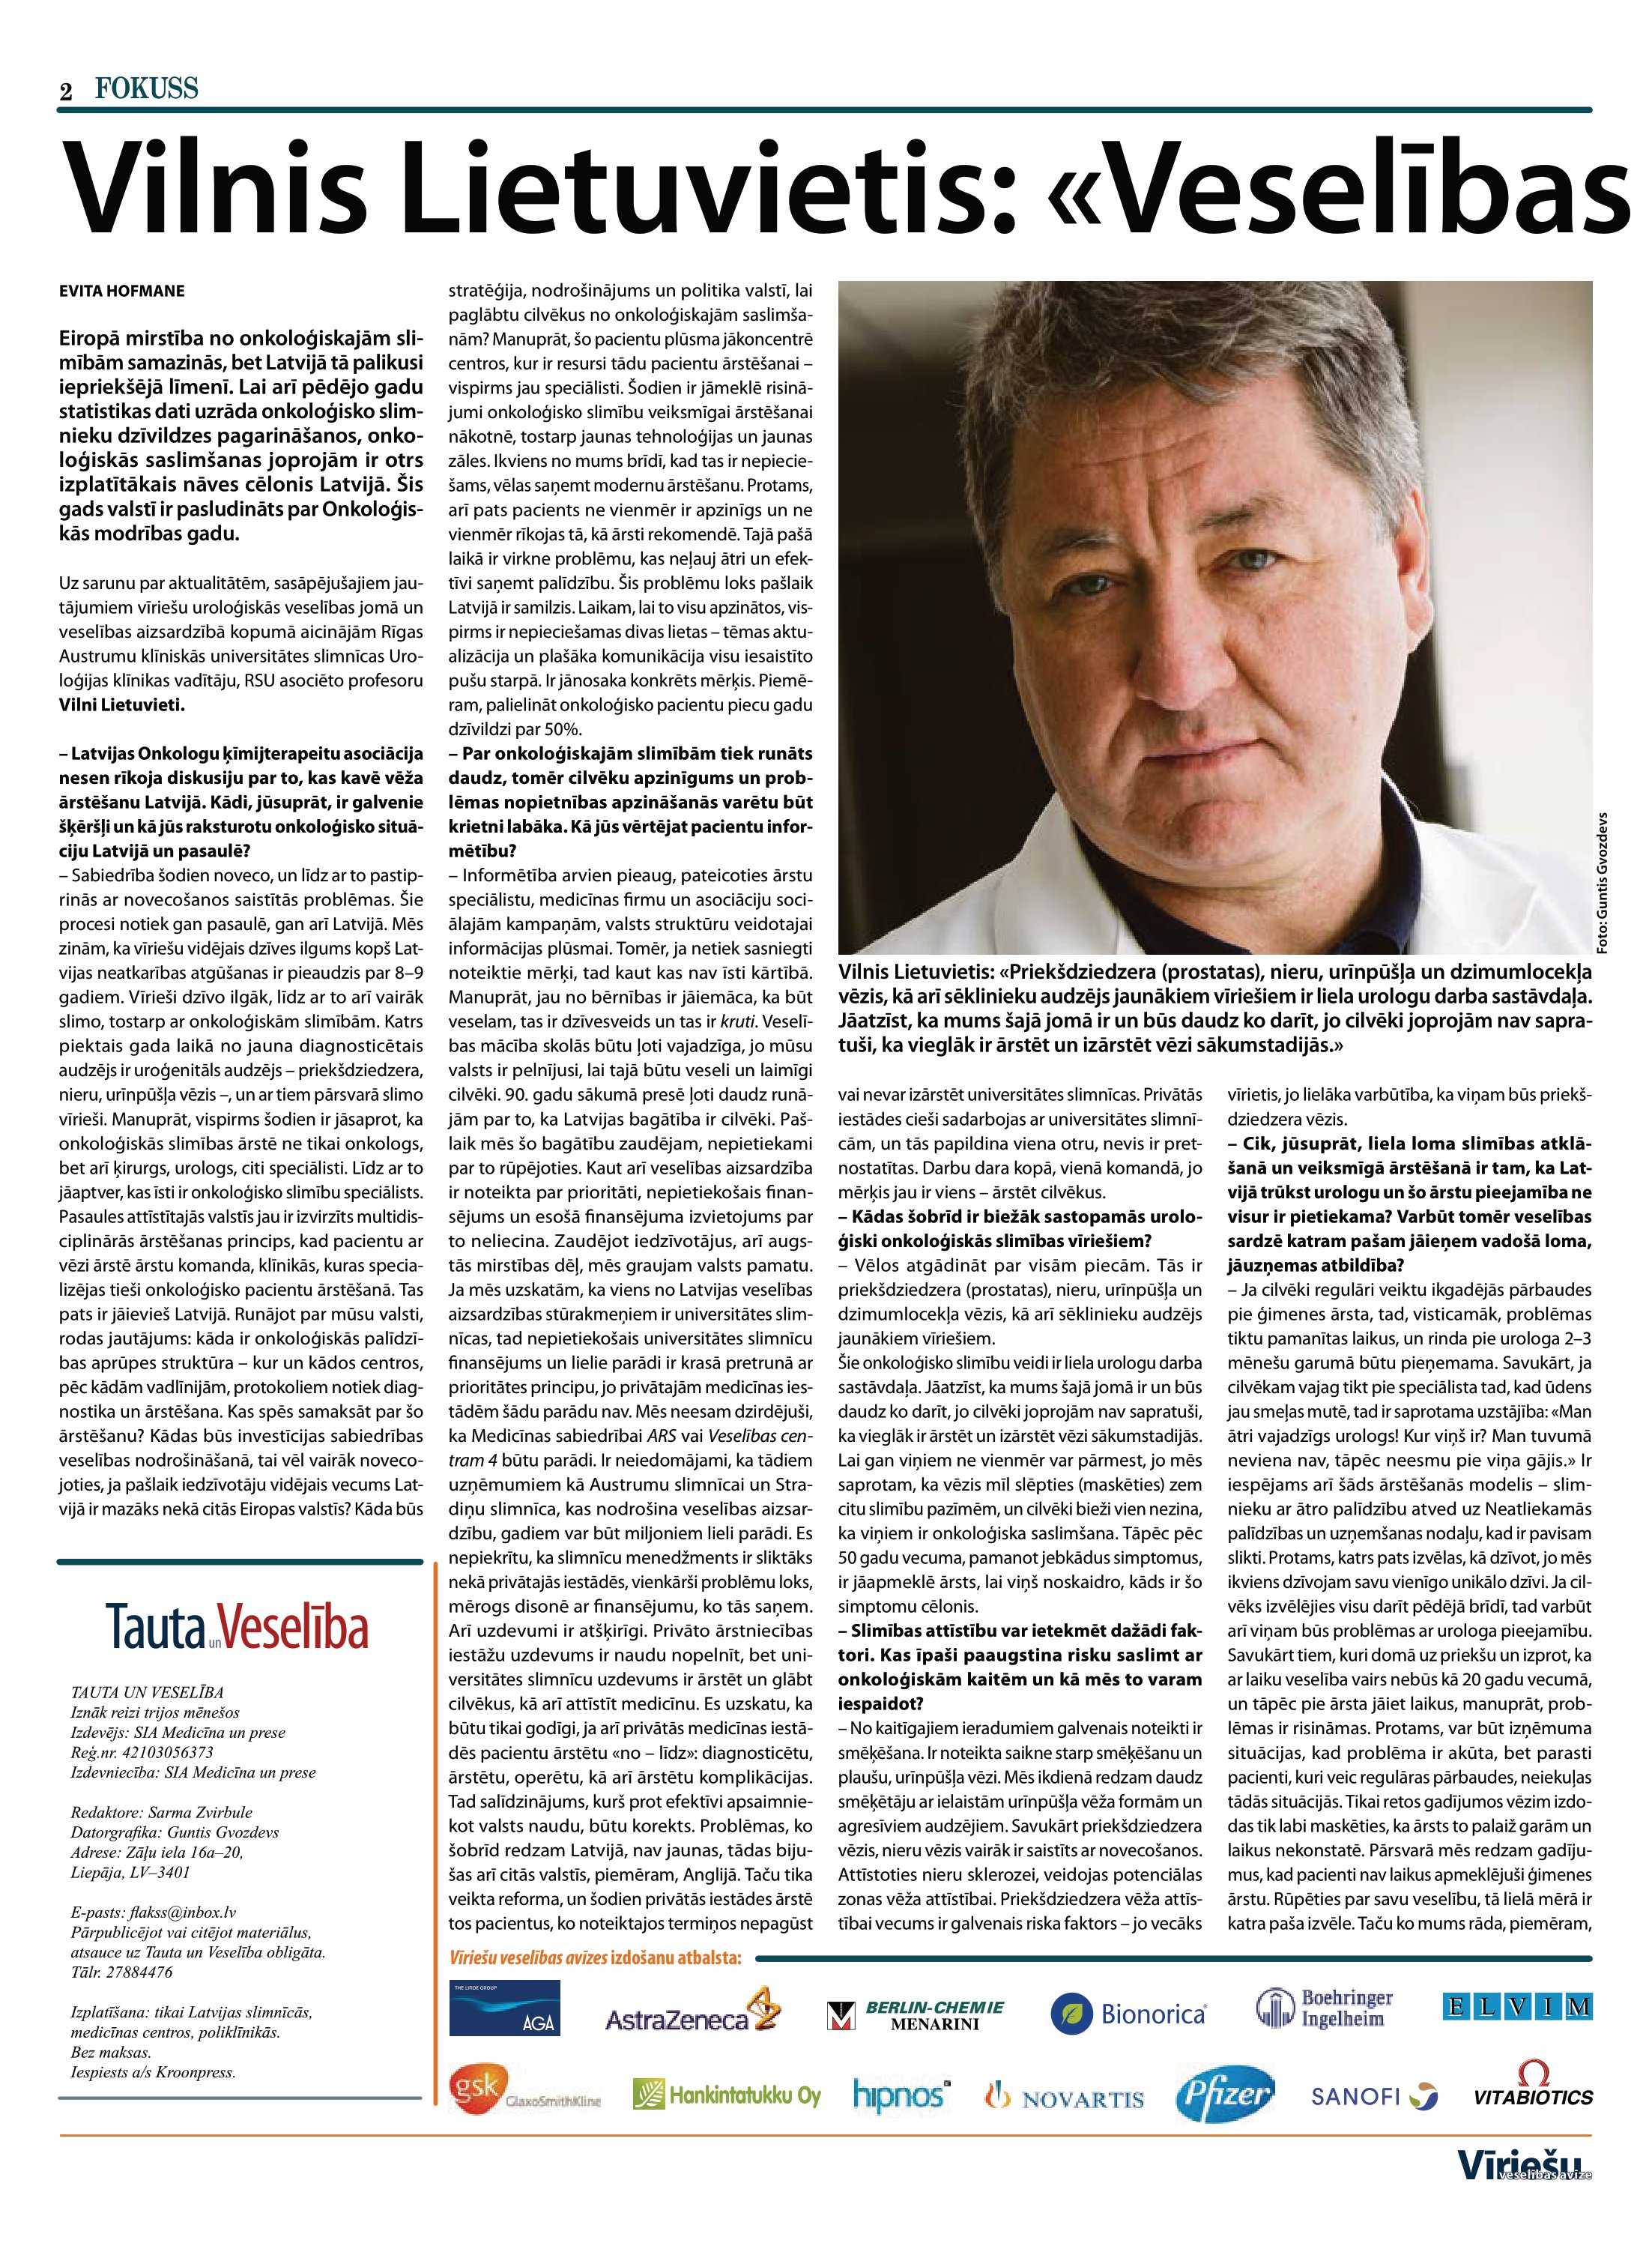
Language: lv